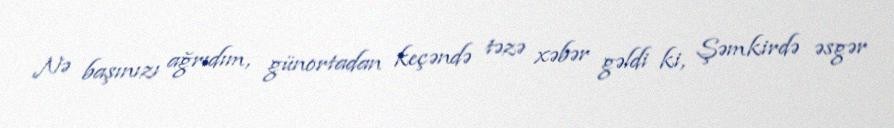
Nə başınızı ağrıdım, günortadan keçəndə təzə xəbər gəldi ki, Şəmkirdə əsgər